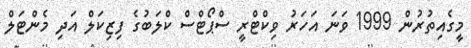
މީގެއިތުރުން 1999 ވަނަ އަހަރު ވިކްޓްރީ ސްޕޯޓްސް ކްލަބުގެ ފިޒިކަލް އަދި މެންޓަލް